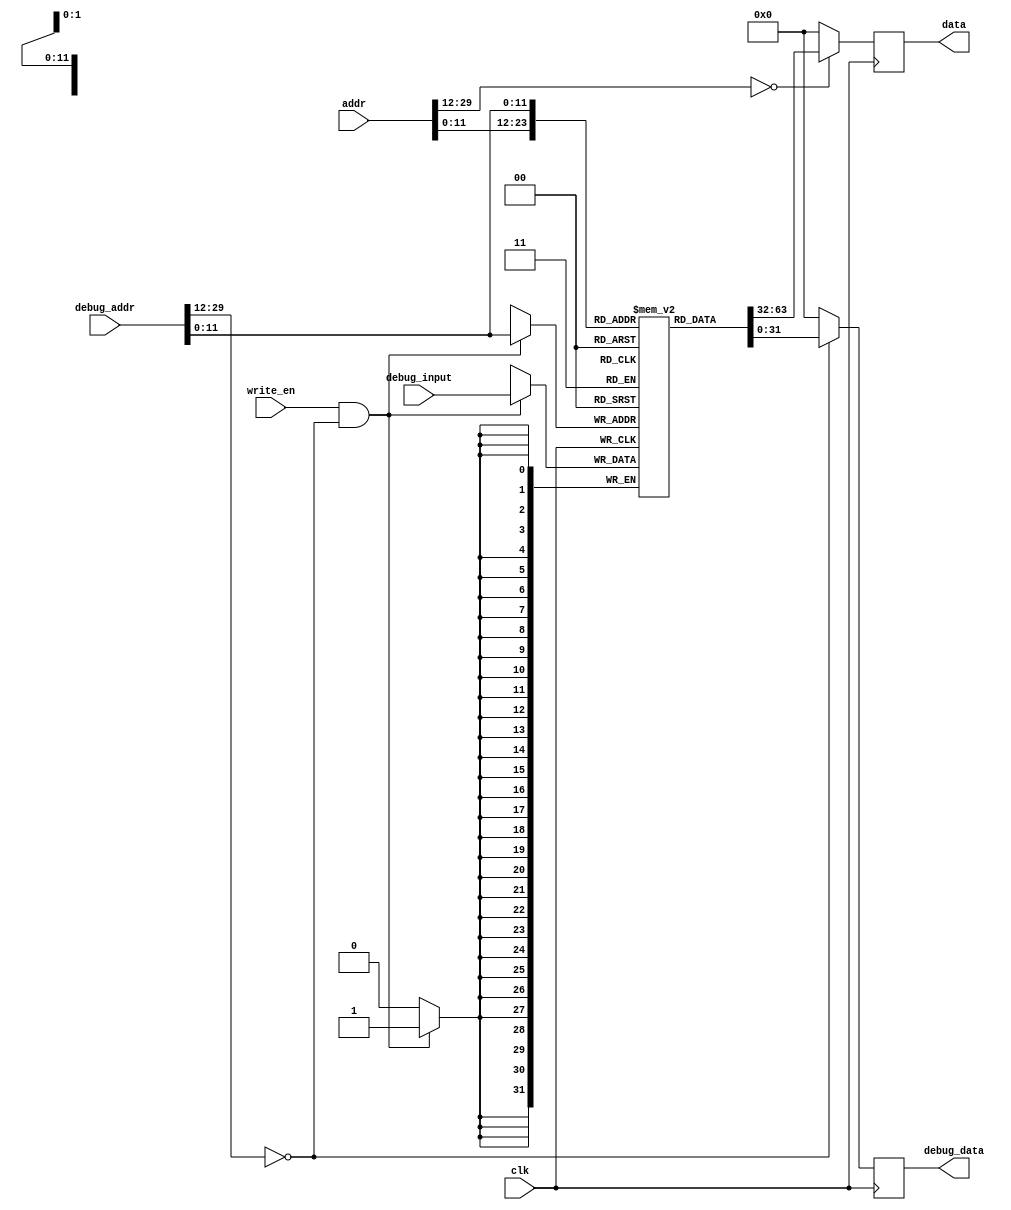
// asm file name: MatMul8.S
module InstructionCache(
    input wire clk,
    input wire write_en,
    input wire [31:2] addr, debug_addr,
    input wire [31:0] debug_input,
    output reg [31:0] data, debug_data
);

    // local variable
    wire addr_valid = (addr[31:14] == 18'h0);
    wire debug_addr_valid = (debug_addr[31:14] == 18'h0);
    wire [11:0] dealt_addr = addr[13:2];
    wire [11:0] dealt_debug_addr = debug_addr[13:2];
    // cache content
    reg [31:0] inst_cache[0:4095];


    initial begin
        data = 32'h0;
        debug_data = 32'h0;
        inst_cache[       0] = 32'h00304713;
        inst_cache[       1] = 32'h00404693;
        inst_cache[       2] = 32'h00e696b3;
        inst_cache[       3] = 32'h00004633;
        inst_cache[       4] = 32'h00e69533;
        inst_cache[       5] = 32'h00a505b3;
        inst_cache[       6] = 32'h000042b3;
        inst_cache[       7] = 32'h00004333;
        inst_cache[       8] = 32'h00004e33;
        inst_cache[       9] = 32'h000043b3;
        inst_cache[      10] = 32'h00e29eb3;
        inst_cache[      11] = 32'h007e8eb3;
        inst_cache[      12] = 32'h00ae8eb3;
        inst_cache[      13] = 32'h000eae83;
        inst_cache[      14] = 32'h00e39f33;
        inst_cache[      15] = 32'h006f0f33;
        inst_cache[      16] = 32'h00bf0f33;
        inst_cache[      17] = 32'h000f2f03;
        inst_cache[      18] = 32'h01eefeb3;
        inst_cache[      19] = 32'h01de0e33;
        inst_cache[      20] = 32'h00438393;
        inst_cache[      21] = 32'hfcd3cae3;
        inst_cache[      22] = 32'h00e29eb3;
        inst_cache[      23] = 32'h006e8eb3;
        inst_cache[      24] = 32'h00ce8eb3;
        inst_cache[      25] = 32'h01cea023;
        inst_cache[      26] = 32'h00430313;
        inst_cache[      27] = 32'hfad34ae3;
        inst_cache[      28] = 32'h00428293;
        inst_cache[      29] = 32'hfad2c4e3;
        inst_cache[      30] = 32'h0000006f;
end

    always@(posedge clk)
    begin
        data <= addr_valid ? inst_cache[dealt_addr] : 32'h0;
        debug_data <= debug_addr_valid ? inst_cache[dealt_debug_addr] : 32'h0;
        if(write_en & debug_addr_valid) 
            inst_cache[dealt_debug_addr] <= debug_input;
    end

endmodule